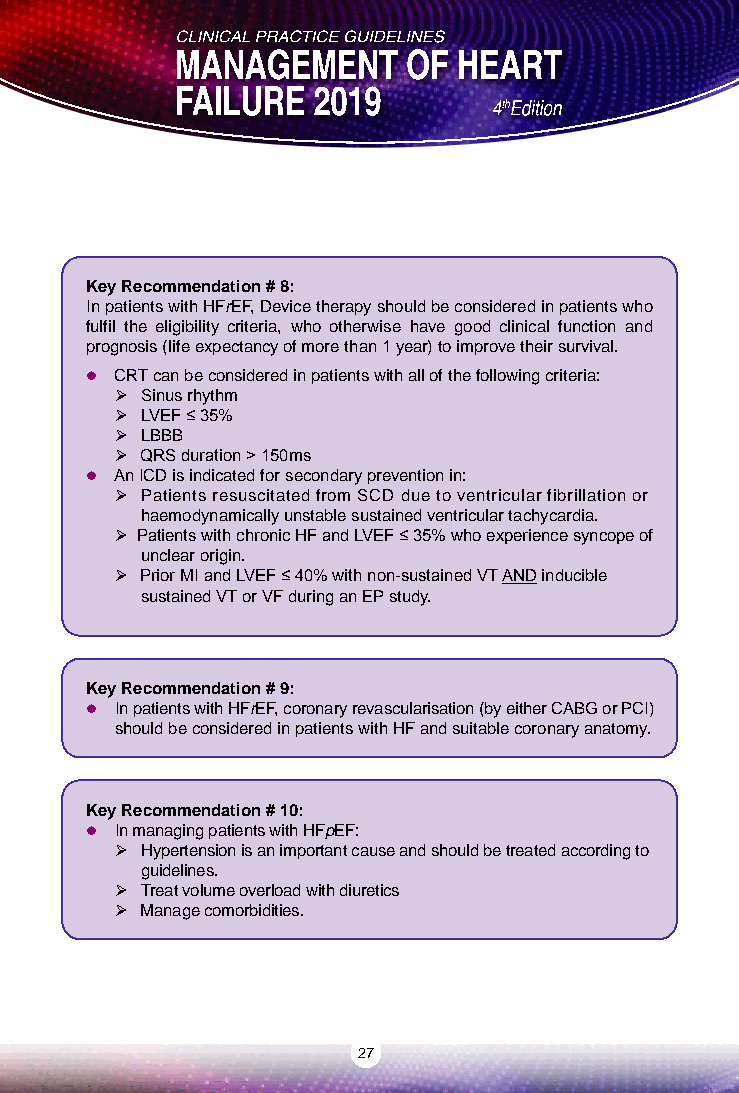
Key Recommendation # 8:
 In patients with HFrEF, Device therapy should be considered in patients who
 fulfil the eligibility criteria, who otherwise have good clinical function and
 prognosis (life expectancy of more than 1 year) to improve their survival.
  CRT can be considered in patients with all of the following criteria:
  Sinus rhythm
  LVEF ≤ 35%
  LBBB
  QRS duration > 150ms
  An ICD is indicated for secondary prevention in:
  Patients resuscitated from SCD due to ventricular fibrillation or
 haemodynamically unstable sustained ventricular tachycardia.
  Patients with chronic HF and LVEF ≤ 35% who experience syncope of
 unclear origin.
  Prior MI and LVEF ≤ 40% with non-sustained VT AND inducible
 sustained VT or VF during an EP study.
 Key Recommendation # 9:
  In patients with HFrEF, coronary revascularisation (by either CABG or PCI)
 should be considered in patients with HF and suitable coronary anatomy.
 Key Recommendation # 10:
  In managing patients with HFpEF:
  Hypertension is an important cause and should be treated according to
 guidelines.
  Treat volume overload with diuretics
  Manage comorbidities.
 27